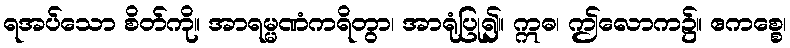
ရအပ်သော စိတ်ကို။ အာရမ္မဏံကရိတွာ၊ အာရုံပြု၍။ ဣဓ၊ ဤလောက၌။ ဧကစ္စေ၊